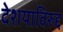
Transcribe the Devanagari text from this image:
देशयाविरुद्द